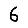
Digit: 6